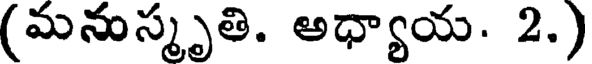
(మనుస్మృతి. అధ్యాయ. 2.)